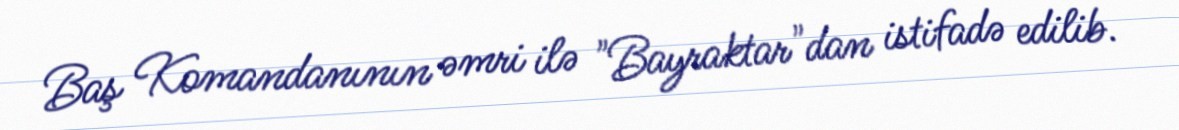
Baş Komandanının əmri ilə "Bayraktar"dan istifadə edilib.